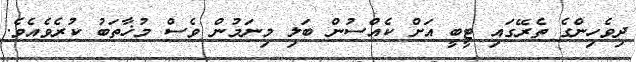
ދިވެހިންގެ ތެރޭގައި ޓީބީ އަށް ކެއްސުން ބަލި މިނަމުން ވެސް މުޚާތަބު ކުރެވެއެވެ.